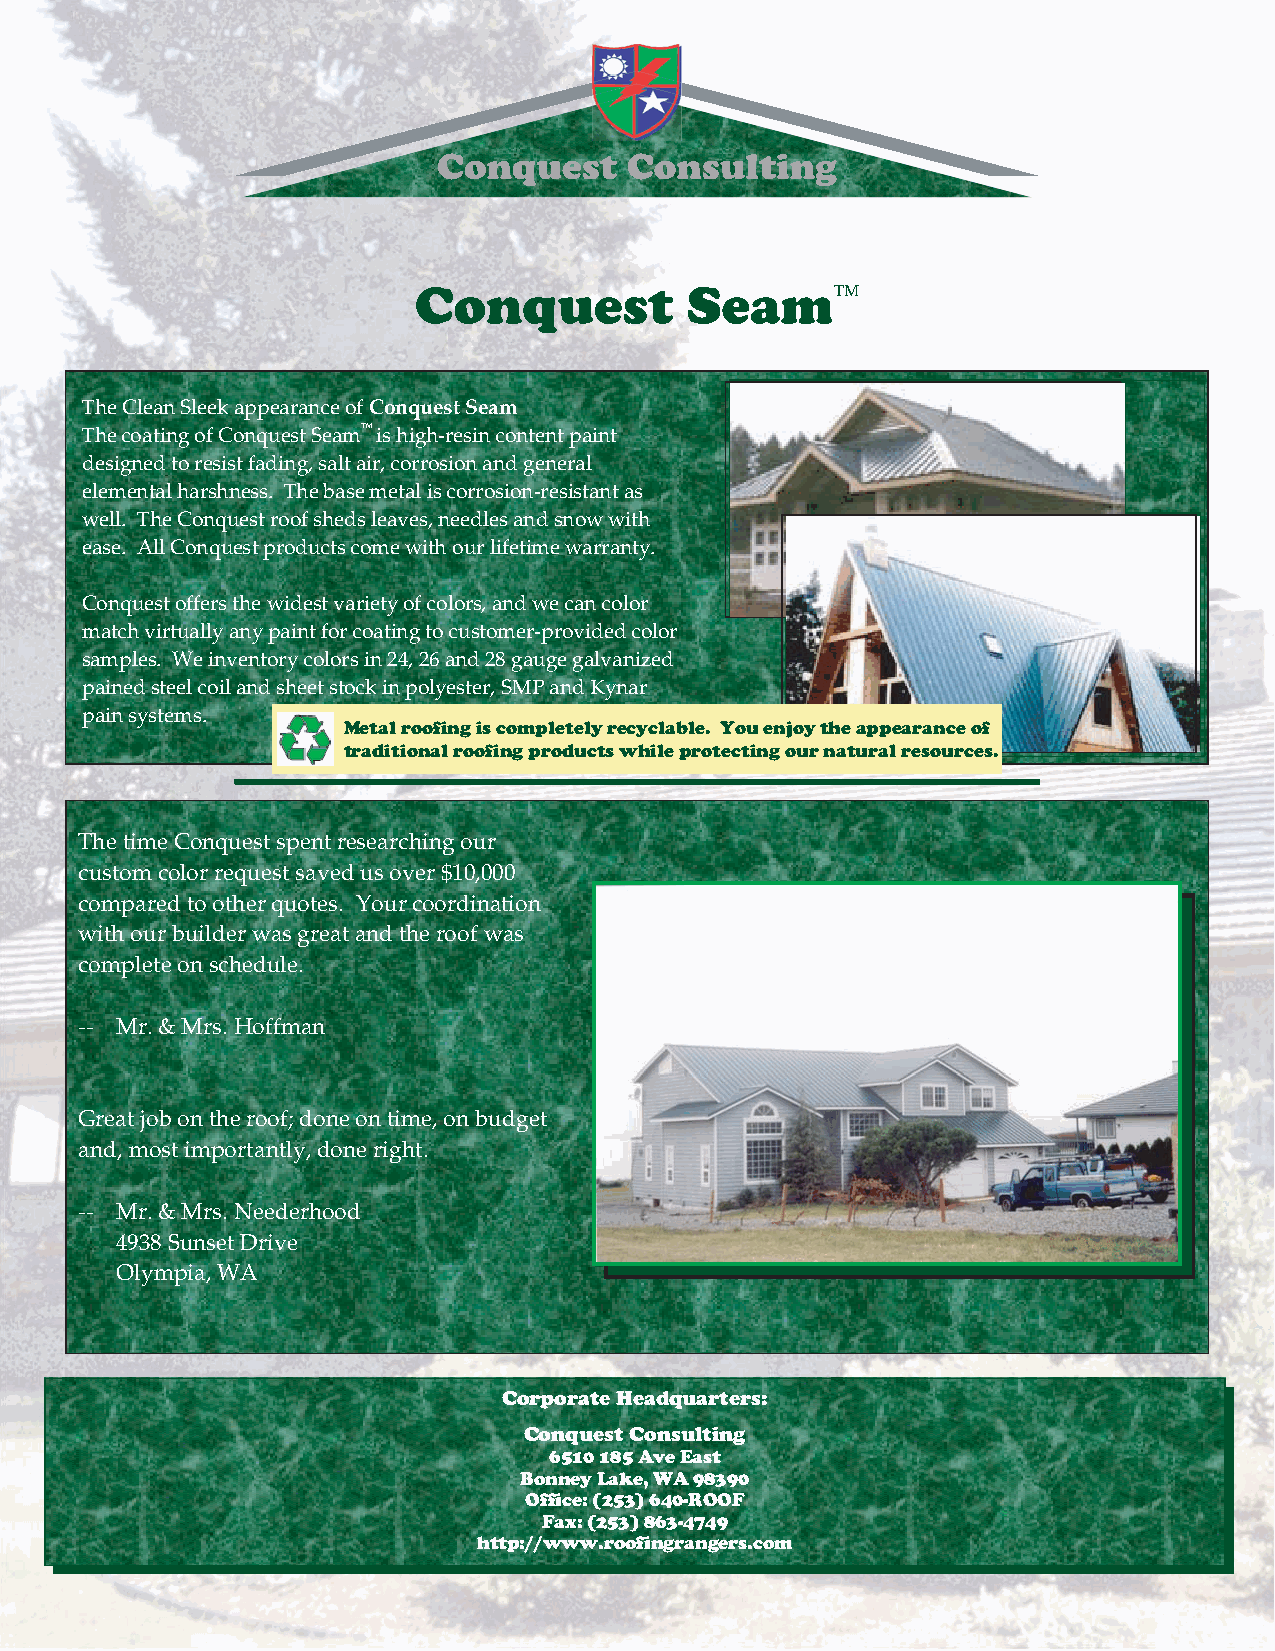
Conquest          Seam
 TheCleanSleekappearanceofConquestSeam
 ThecoatingofConquestSeamishigh-resincontentpaint
 designedtoresistfading,saltair,corrosionandgeneral
 elementalharshness. Thebasemetaliscorrosion-resistantas
 well. TheConquestroofshedsleaves,needlesandsnowwith
 ease. AllConquestproductscomewithourlifetimewarranty.
 Conquestoffersthewidestvarietyofcolors,andwecancolor
 matchvirtuallyanypaintforcoatingtocustomer-providedcolor
 samples. Weinventorycolorsin24,26and28gaugegalvanized
 painedsteelcoilandsheetstockinpolyester,SMPandKynar
 painsystems.
 Metalroofingiscompletelyrecyclable. Youenjoytheappearanceof
 traditionalroofingproductswhileprotectingournaturalresources.
 ThetimeConquestspentresearchingour
 customcolorrequestsavedusover$10,000
 comparedtootherquotes. Yourcoordination
 withourbuilderwasgreatandtheroof was
 completeonschedule.
 -- Mr.&Mrs.Hoffman
 Greatjobontheroof;doneontime,onbudget
 and,mostimportantly,doneright.
 -- Mr.&Mrs.Neederhood
 4938SunsetDrive
 Olympia,WA
 CorporateHeadquarters:
 ConquestConsulting
 6510185AveEast
 BonneyLake,WA98390
 Office:(253)640-ROOF
 Fax:(253)863-4749
 http://www.roofingrangers.com